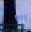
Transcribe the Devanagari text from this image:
एल्ड